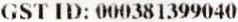
GST ID: 000381399040